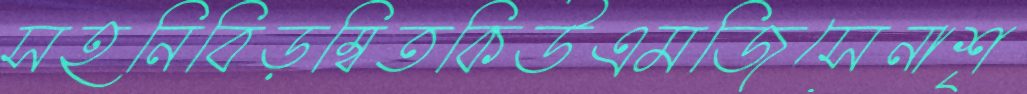
সহনিবিড়ম্বিতকিউএমজিসেনাশৃ